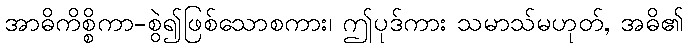
အာဓိကိစ္စိကာ-စွဲ၍ဖြစ်သောစကား၊ ဤပုဒ်ကား သမာသ်မဟုတ်, အဓိ၏